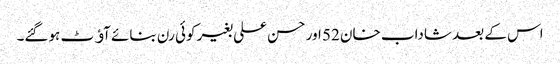
اس کے بعد شاداب خان 52 اور حسن علی بغیر کوئی رن بنائے آﺅٹ ہوگئے۔